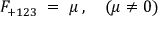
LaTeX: F _ { + 1 2 3 } \; = \; \mu \, , \quad ( \mu \neq 0 )